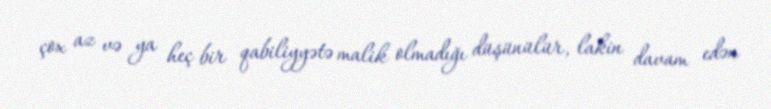
çox az və ya heç bir qabiliyyətə malik olmadığı düşünülür, lakin davam edən